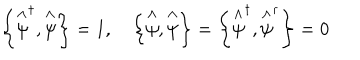
LaTeX: \left\{ \stackrel { \wedge } { \psi } ^ { \dagger } , \stackrel { \wedge } { \psi } \right\} = 1 , \quad \left\{ \stackrel { \wedge } { \psi } , \stackrel { \wedge } { \psi } \right\} = \left\{ \stackrel { \wedge } { \psi } ^ { \dagger } , \stackrel { \wedge } { \psi } ^ { \dagger } \right\} = 0